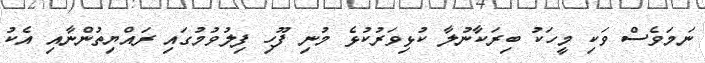
ނަމަވެސް ވަކި މީހަކު ބިރަކާނުލާ ކުޅިވަރުކުޅެ މުނި ފޫހި ފިލުވުމުގައި ރައްޔިތުންނާއި އެކު